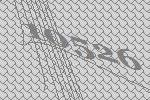
10526